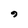
Character: 9